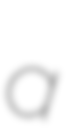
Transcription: a